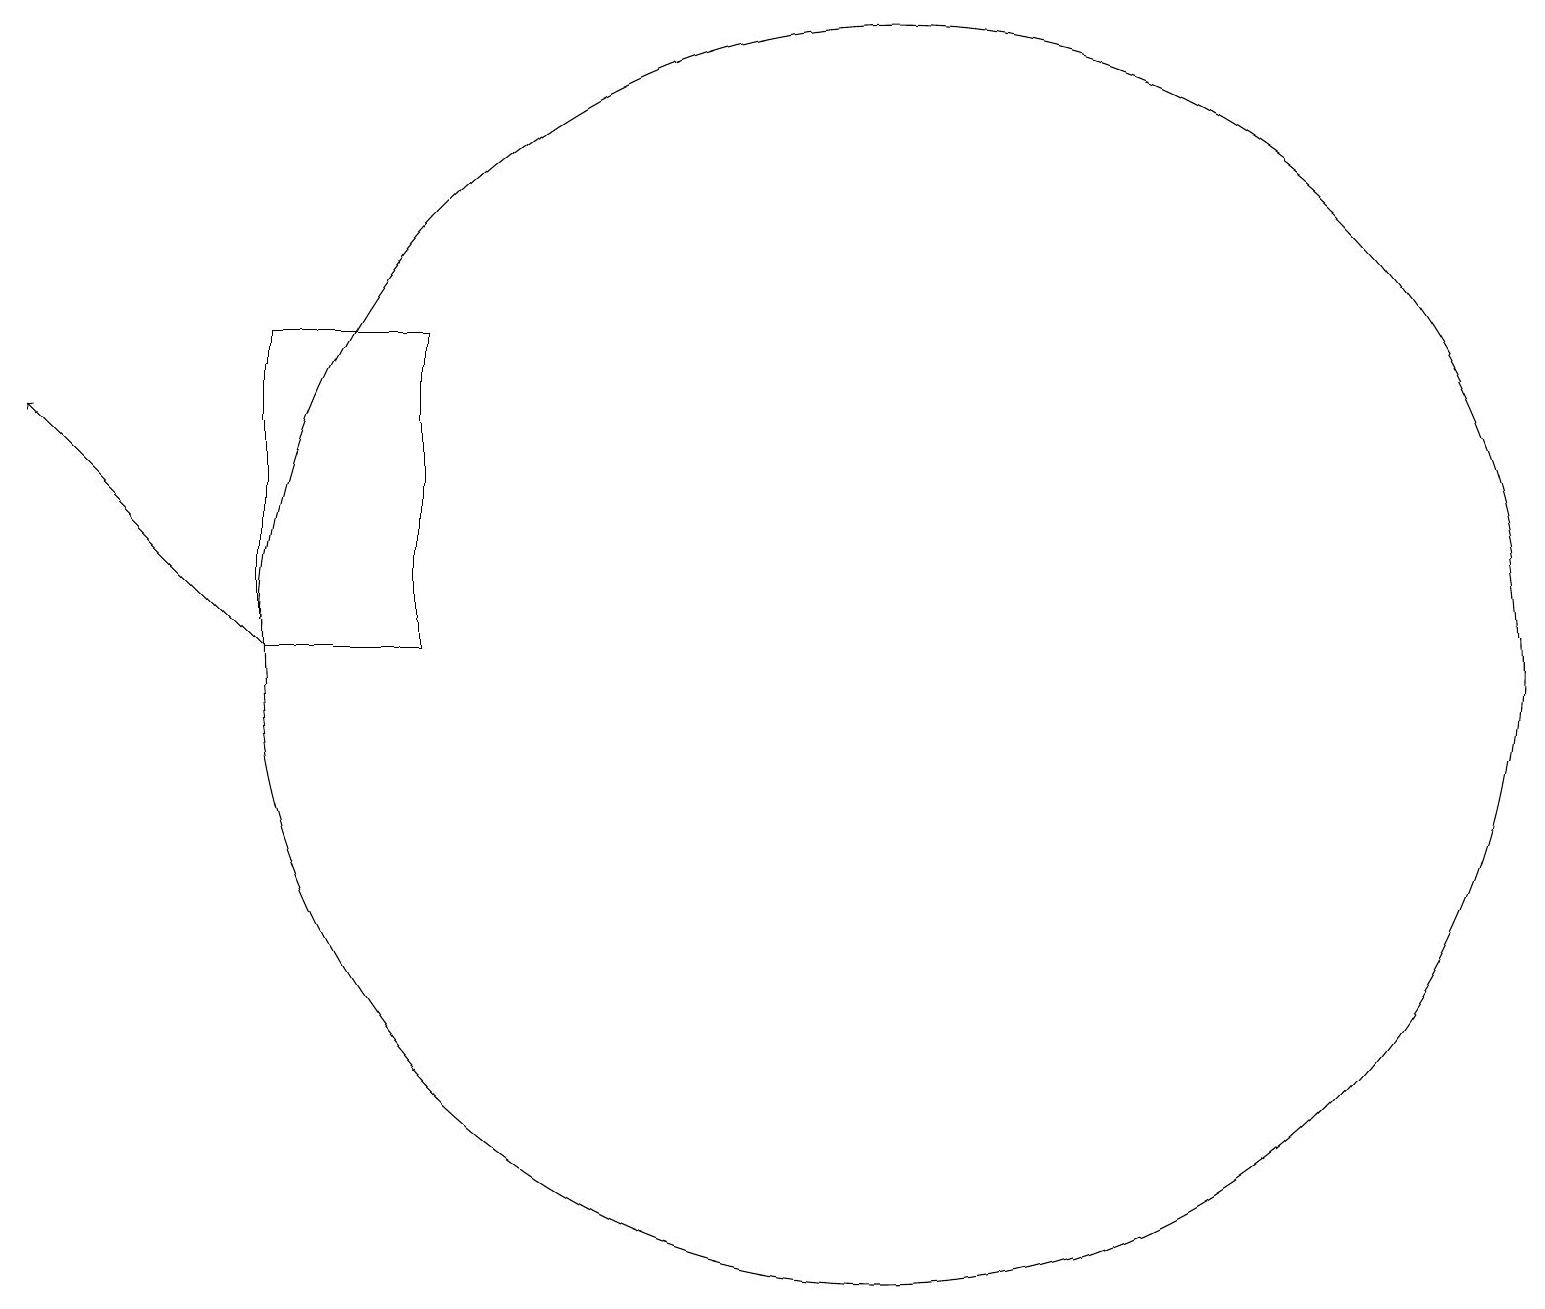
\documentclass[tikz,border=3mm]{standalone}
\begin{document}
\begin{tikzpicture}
\draw[->] (3,12) -- (0,15);
\draw (3,16) rectangle (5,12);
\draw (11,12) circle (8);
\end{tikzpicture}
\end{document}